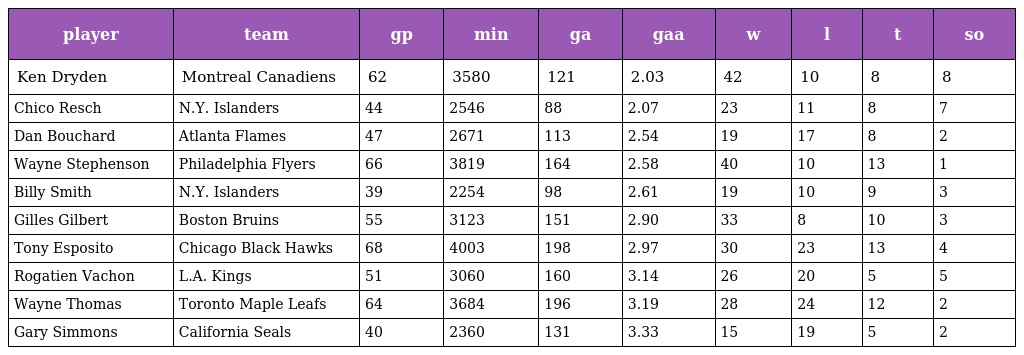
| player | team | gp | min | ga | gaa | w | l | t | so |
 | --- | --- | --- | --- | --- | --- | --- | --- | --- | --- |
 | Ken Dryden | Montreal Canadiens | 62 | 3580 | 121 | 2.03 | 42 | 10 | 8 | 8 |
 | Chico Resch | N.Y. Islanders | 44 | 2546 | 88 | 2.07 | 23 | 11 | 8 | 7 |
 | Dan Bouchard | Atlanta Flames | 47 | 2671 | 113 | 2.54 | 19 | 17 | 8 | 2 |
 | Wayne Stephenson | Philadelphia Flyers | 66 | 3819 | 164 | 2.58 | 40 | 10 | 13 | 1 |
 | Billy Smith | N.Y. Islanders | 39 | 2254 | 98 | 2.61 | 19 | 10 | 9 | 3 |
 | Gilles Gilbert | Boston Bruins | 55 | 3123 | 151 | 2.90 | 33 | 8 | 10 | 3 |
 | Tony Esposito | Chicago Black Hawks | 68 | 4003 | 198 | 2.97 | 30 | 23 | 13 | 4 |
 | Rogatien Vachon | L.A. Kings | 51 | 3060 | 160 | 3.14 | 26 | 20 | 5 | 5 |
 | Wayne Thomas | Toronto Maple Leafs | 64 | 3684 | 196 | 3.19 | 28 | 24 | 12 | 2 |
 | Gary Simmons | California Seals | 40 | 2360 | 131 | 3.33 | 15 | 19 | 5 | 2 |